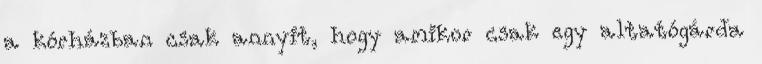
a kórházban csak annyit, hogy amikor csak egy altatógárda